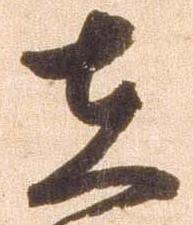
在